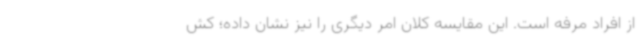
از افراد مرفه است. این مقایسه کلان امر دیگری را نیز نشان داده؛ کش